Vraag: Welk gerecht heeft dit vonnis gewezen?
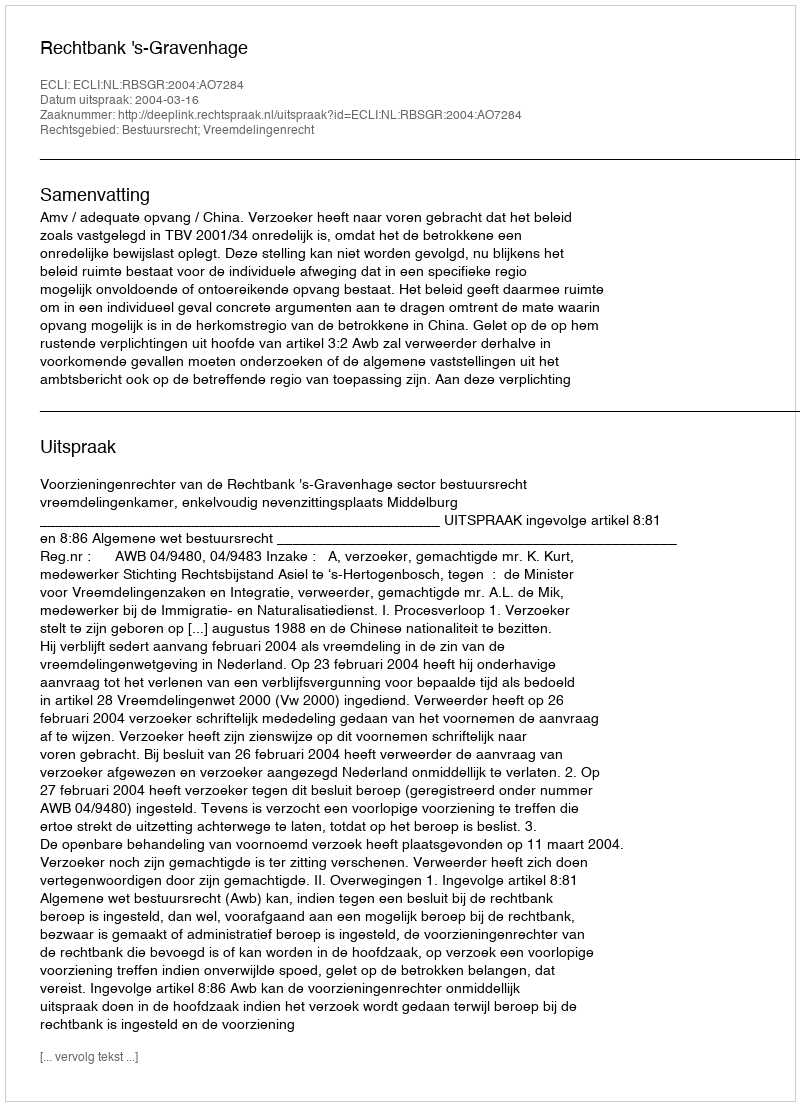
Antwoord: Rechtbank 's-Gravenhage